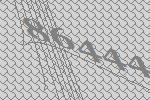
86444